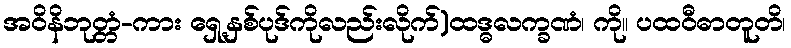
အဝိနိဘုတ္တံ-ကား ရှေ့နှစ်ပုဒ်ကိုလည်းလိုက်)ထဒ္ဓလက္ခဏံ၊ ကို။ ပထဝီဓာတူတိ၊